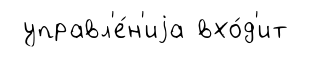
управл'е́н'иjа вхо́д'ит